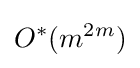
O^{*}(m^{2m})